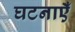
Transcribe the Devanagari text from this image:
घटनाऍँ